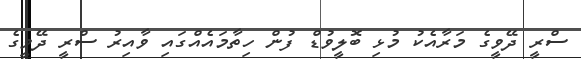
ސްރީ ދޭވީގެ މަރާއެކު މުޅި ބޮލީވުޑް ފުން ހިތާމައެއްގައި ވާއިރު ސްރީ ދޭވީގެ